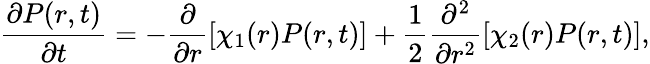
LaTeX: \frac{\partial P(r,t)}{\partial t}=-\frac{\partial}{\partial r}\left[\chi_{1}(r)P(r,t)\right]+\frac{1}{2}\frac{\partial^{2}}{\partial r^{2}}\left[\chi_{2}(r)P(r,t)\right],